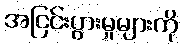
အငြင်းပွားမှုများကို